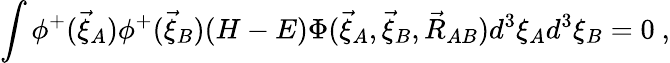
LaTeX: \int\phi^{+}(\vec{\xi}_{A})\phi^{+}(\vec{\xi}_{B})(H-E)\Phi(\vec{\xi}_{A},\vec{\xi}_{B},\vec{R}_{AB})d^{3}\xi_{A}d^{3}\xi_{B}=0\ ,